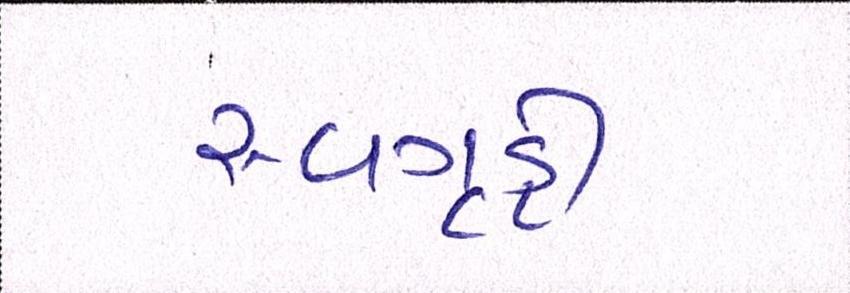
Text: સ્વગૃહી